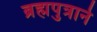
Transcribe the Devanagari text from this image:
ब्रह्मपुत्राने